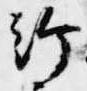
給